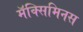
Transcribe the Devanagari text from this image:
मॅक्सिमिनस